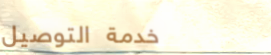
خدمة التوصيل